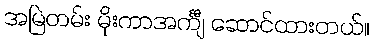
အမြဲတမ်း မိုးကာအင်္ကျီ ဆောင်ထားတယ်။